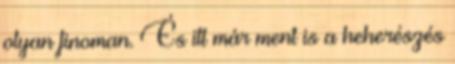
olyan finoman. És itt már ment is a heherészés